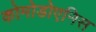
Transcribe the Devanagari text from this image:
कोमोडोएनिस